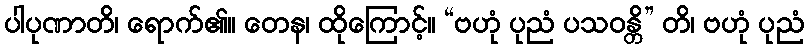
ပါပုဏာတိ၊ ရောက်၏။ တေန၊ ထိုကြောင့်။ “ဗဟုံ ပုညံ ပသဝန္တိ” တိ၊ ဗဟုံ ပုညံ